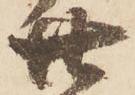
廿